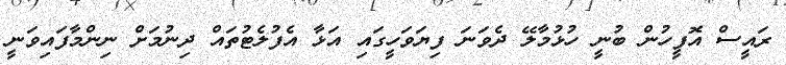
ރައީސް އޮފީހުން ބުނީ ހުޅުމާލޭ ދެވަނަ ފިޔަވަހީގައި އަޅާ އެފުލެޓުތައް ދިނުމަށް ނިންމާފައިވަނީ